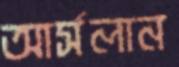
আর্সলান